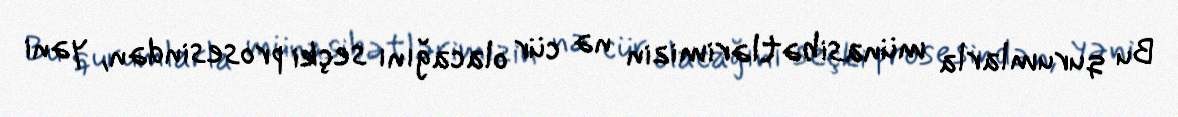
Bu qurumlarla münasibətlərimizin nə cür olacağını seçki prosesindən, yəni